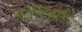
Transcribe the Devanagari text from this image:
अनैच्छिक।